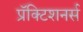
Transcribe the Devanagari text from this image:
प्रॅक्टिशनर्स